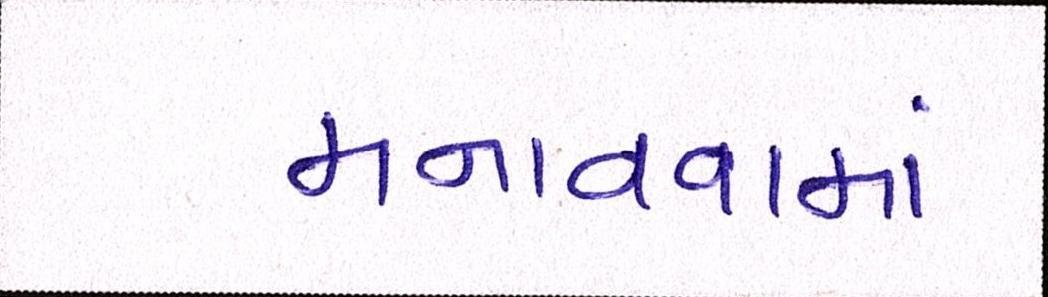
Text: મનાવવામાં